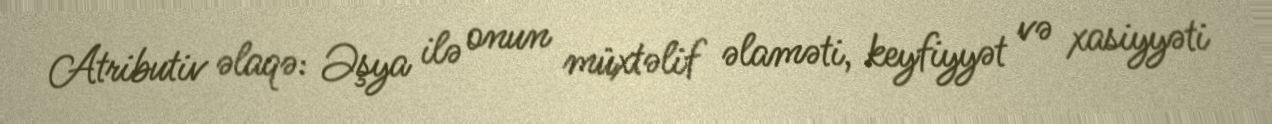
Atributiv əlaqə: Əşya ilə onun müxtəlif əlaməti, keyfiyyət və xasiyyəti